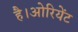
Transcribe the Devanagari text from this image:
है।ओरियेंट